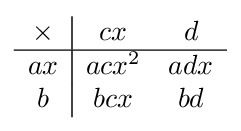
{\begin{array}{c|cc}\times &cx&d\\\hline ax&acx^{2}&adx\\b&bcx&bd\end{array}}